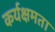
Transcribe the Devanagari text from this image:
कर्यक्षमता